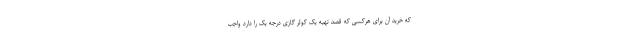
که خرید آن برای هرکسی که قصد تهیه یک کولر گازی درجه یک را دارد واجب